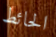
الحائط